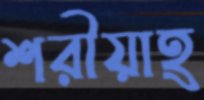
শরীয়াহ্